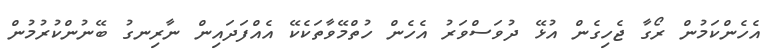
އެހެންކަމުން ރޯގާ ޖެހިގެން އުޅޭ ދުވަސްވަރު އެހެން ހުތްމޭވާތަކެކޭ އެއްފަދައިން ނާރިނގު ބޭނުންކުރުމުން